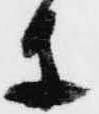
等